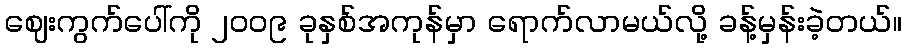
ဈေးကွက်ပေါ်ကို ၂၀၀၉ ခုနှစ်အကုန်မှာ ရောက်လာမယ်လို့ ခန့်မှန်းခဲ့တယ်။